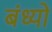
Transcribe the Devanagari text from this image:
बंध्यो